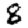
Digit: 8